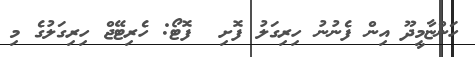
ހަންޏާމީދޫ އިން ފެނުނު ހިރިގަލު ފޮށި  ފޮޓޯ: ހެރިޓޭޖް ހިރިގަލުގެ މި